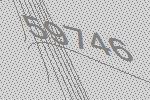
59746